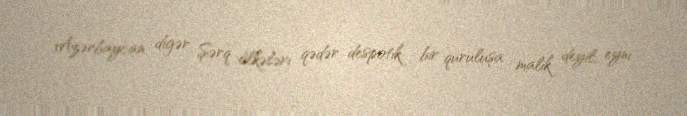
Azərbaycan digər Şərq ölkələri qədər despotik bir quruluşa malik deyil, eyni